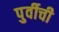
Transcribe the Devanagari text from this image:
पुर्वीची